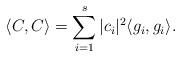
LaTeX: \begin{align*} \langle C, C \rangle = \sum_{i=1}^s |c_{i}|^{2} \langle g_{i}, g_{i} \rangle.\end{align*}